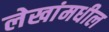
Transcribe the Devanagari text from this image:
लेखांमधील